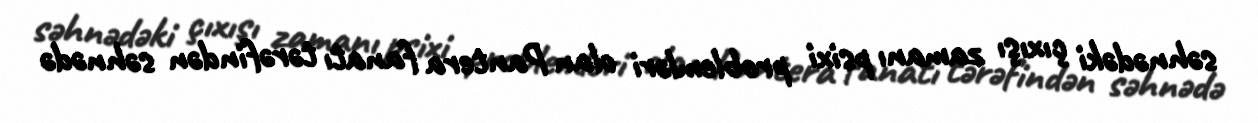
səhnədəki çıxışı zamanı psixi problemləri olan Pantera fanatı tərəfindən səhnədə